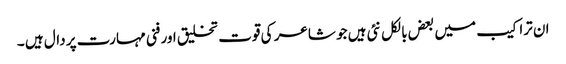
ان تراکیب میں بعض بالکل نئی ہیں جو شاعر کی قوت تخلیق اور فنی مہارت پر دال ہیں ۔